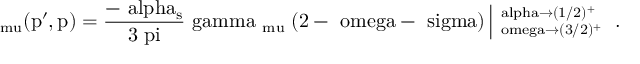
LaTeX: \mathrm { \Lambda _ { \ m u } ( p ^ { \prime } , p ) = \frac { - \ a l p h a _ { s } } { 3 \ p i } \ g a m m a _ { \ m u } \Gamma ( 2 - \ o m e g a - \ s i g m a ) \left| ^ { \ a l p h a \to ( 1 / 2 ) ^ { + } } _ { \ o m e g a \to ( 3 / 2 ) ^ { + } } \right. ~ . }